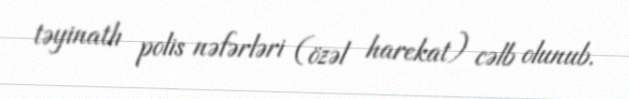
təyinatlı polis nəfərləri (özəl harekat) cəlb olunub.